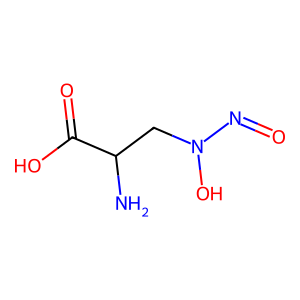
SMILES: NC(CN(O)N=O)C(=O)O
Inhibits HIV replication: No